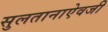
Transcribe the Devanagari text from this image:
सुलतानाऐवजी